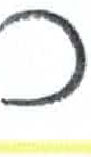
אות: כ